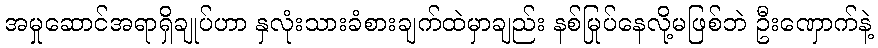
အမှုဆောင်အရာရှိချုပ်ဟာ နှလုံးသားခံစားချက်ထဲမှာချည်း နစ်မြုပ်နေလို့မဖြစ်ဘဲ ဦးဏှောက်နဲ့